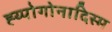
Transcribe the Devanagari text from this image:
ह्य्पोगोनादिस्म